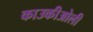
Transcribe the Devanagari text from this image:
काउकीओली